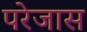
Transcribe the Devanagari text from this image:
परेजास